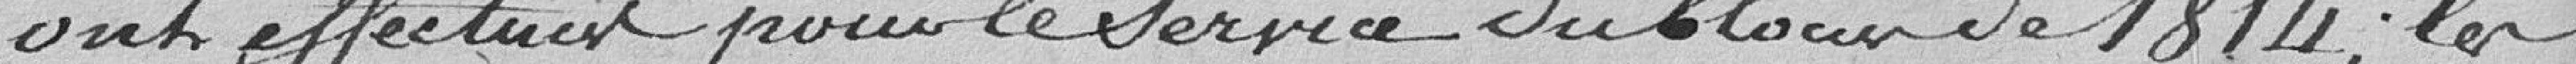
ont effectué pour le service du blocus de 1814, les